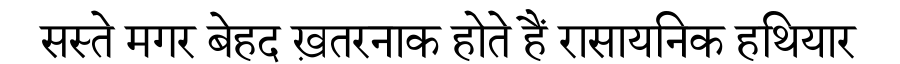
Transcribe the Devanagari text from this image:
सस्ते मगर बेहद ख़तरनाक होते हैं रासायनिक हथियार